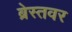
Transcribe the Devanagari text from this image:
ब्रेस्तवर